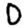
Digit: 0